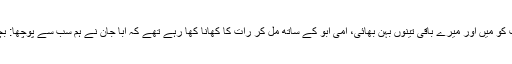
کہنے لگا کہ یہ ان دنوں کی بات ہے جب ایک جمعرات کو میں اور میرے باقی تینوں بہن بھائی، امی ابو کے ساتھ مل کر رات کا کھانا کھا رہے تھے کہ ابا جان نے ہم سب سے پوچھا: بچو، کل تمھارے چچا کے گھر چلیں یا ماموں کے گھر۔